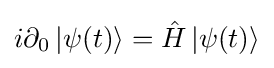
i\partial _{0}\left|\psi (t)\right\rangle ={\hat {H}}\left|\psi (t)\right\rangle